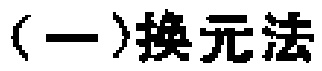
（一）换元法